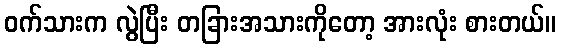
ဝက်သားက လွဲပြီး တခြားအသားကိုတော့ အားလုံး စားတယ်။